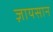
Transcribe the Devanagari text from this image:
ज़ायसान